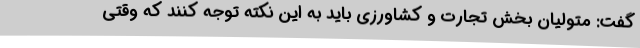
گفت: متولیان بخش تجارت و کشاورزی باید به این نکته توجه کنند که وقتی